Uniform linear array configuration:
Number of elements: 24
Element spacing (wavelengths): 0.5
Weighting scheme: hamming
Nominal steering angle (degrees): -15
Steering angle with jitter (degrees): -15.575
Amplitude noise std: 0.05
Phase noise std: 0.05

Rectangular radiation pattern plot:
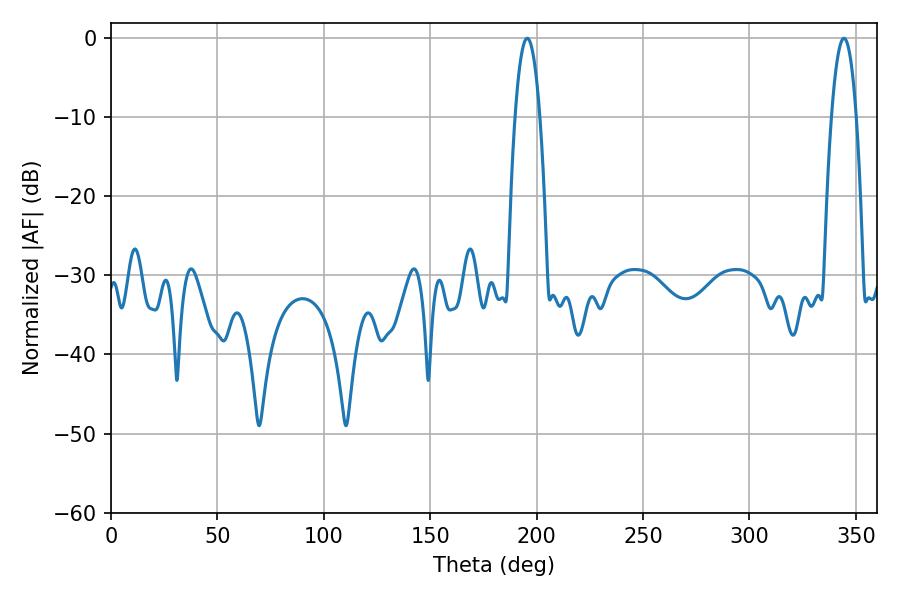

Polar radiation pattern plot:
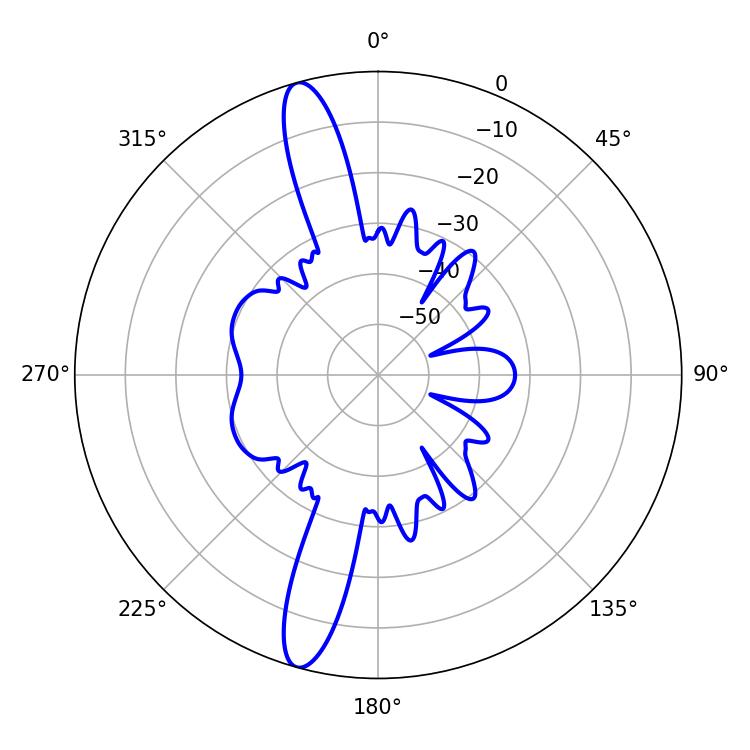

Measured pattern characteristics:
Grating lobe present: FALSE
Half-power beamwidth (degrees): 6.48
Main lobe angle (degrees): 195.66